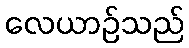
လေယာဉ်သည်